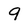
Character: 9